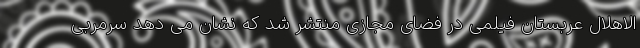
الاهلال عربستان فیلمی در فضای مجازی منتشر شد که نشان می دهد سرمربی